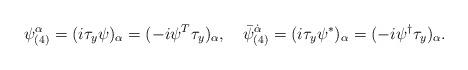
LaTeX: \begin{align*}\psi_{(4)}^{\alpha}=(i\tau_y\psi)_{\alpha}=(-i\psi^T\tau_y)_{\alpha},\quad{\bar\psi}_{(4)}^{\dot\alpha}=(i\tau_y\psi^*)_{\alpha}=(-i\psi^{\dagger}\tau_y)_{\alpha}.\end{align*}